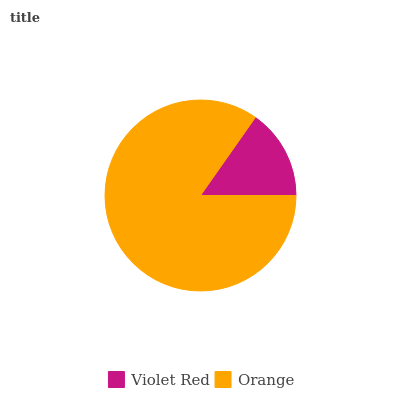
| Violet Red | Orange |
 | --- | --- |
 | 15.2% | 84.8% |